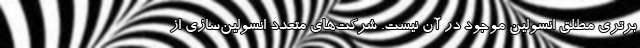
برتری مطلق انسولین موجود در آن نیست. شرکت‌های متعدد انسولین‌سازی از